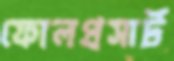
ফোলপ্রসার্ট